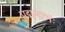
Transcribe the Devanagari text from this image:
पद्मनाभः